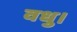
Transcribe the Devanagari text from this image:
वधु।